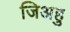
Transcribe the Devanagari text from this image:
जिअहु